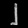
Digit: ၂